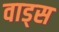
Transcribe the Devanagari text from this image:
वाड्स